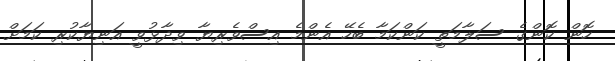
ހޮން ކޮންގެ ސަލާމަތީ ކަންކަމާ ބެހޭ އެންމެ އިސްވެރިޔާ ވިދާޅުވީ އަނިޔާކުރި ކަމަށް